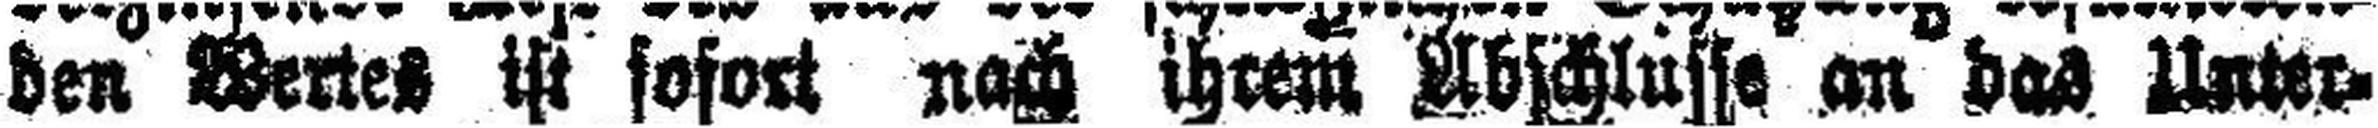
den Wertes ist sofort nach ihrem Abschlusse an das Unter¬